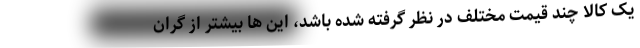
یک کالا چند قیمت مختلف در نظر گرفته شده باشد، این ها بیشتر از گران